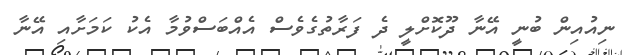
ނިއުއިން ބުނީ އޭނާ ދޫކޮށްލީ ދެ ފަރާތުގެވެސް އެއްބަސްވުމާ އެކު ކަމަށާއި އޭނާ